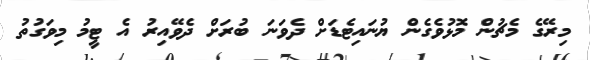
މިރޭގެ މެޗުން މޮޅުވެގެން ޔުނައިޓެޑަށް ދެވަނަ ބުރަށް ދެވޭއިރު އެ ޓީމު މިވަގުތު